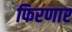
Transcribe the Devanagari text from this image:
फिरणार